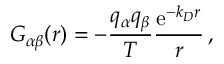
G _ { \alpha \beta } ( \boldsymbol { r } ) = - \frac { q _ { \alpha } q _ { \beta } } { T } \frac { \mathrm { e } ^ { - k _ { D } r } } { r } \, ,